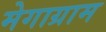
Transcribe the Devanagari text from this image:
मेगाग्राम